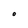
Character: O